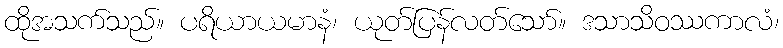
ထိုအသက်သည်။ ပရိယာယမာနံ၊ ယုတ်ပြန်လတ်သော်။ ဒသာသိဝဿကာလံ၊